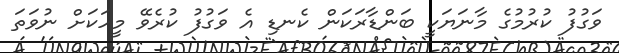
ވަގުފު ކުރުމުގެ މާނަޔަކީ ބަންޑާރަކަން ކެނޑި އެ ވަގުފު ކުރެވޭ މީހަކަށް ނުވަތަ